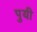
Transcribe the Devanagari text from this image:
पुयी